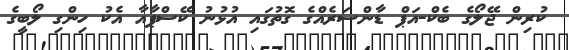
ކުރިން ޖޭލޯގެ ބެކް-އަޕް ޑާންސަރެއްގެ ގޮތުގައި އުޅުނު ކޭސްޕާއާ އެކު ހިންގި ލޯބީގެ